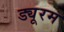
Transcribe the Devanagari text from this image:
ड्यूरम